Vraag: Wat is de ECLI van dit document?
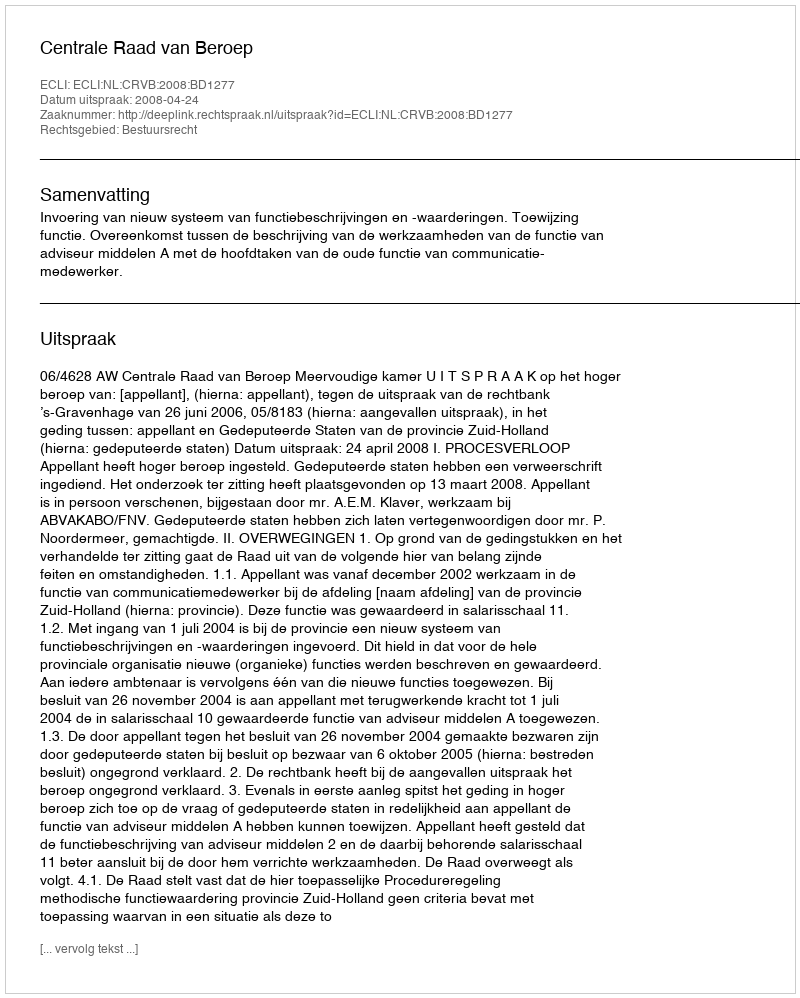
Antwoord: ECLI:NL:CRVB:2008:BD1277